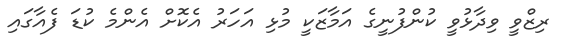
ރިޒްވީ ވިދާޅުވީ ކުންފުނީގެ އަމާޒަކީ މުޅި އަހަރު އެކޮށް އެންމެ ކުޑަ ފެއާގައި